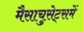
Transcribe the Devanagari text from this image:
मैसाचुसेट्समें